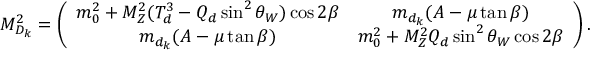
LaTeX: { \cal M } _ { D _ { k } } ^ { 2 } = \left( \begin{array} { c c } { { m _ { 0 } ^ { 2 } + M _ { Z } ^ { 2 } ( T _ { d } ^ { 3 } - Q _ { d } \sin ^ { 2 } \theta _ { W } ) \cos 2 \beta } } & { { m _ { d _ { k } } ( A - \mu \tan \beta ) } } \\ { { m _ { d _ { k } } ( A - \mu \tan \beta ) } } & { { m _ { 0 } ^ { 2 } + M _ { Z } ^ { 2 } Q _ { d } \sin ^ { 2 } \theta _ { W } \cos 2 \beta } } \end{array} \right) .